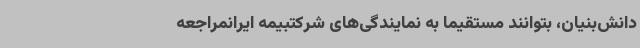
دانش‌بنیان، بتوانند مستقیماً به نمایندگی‌های شرکتبیمه‌ ایرانمراجعه